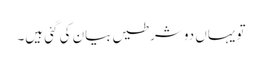
تو یہاں دو شرطیں بیان کی گئی ہیں۔